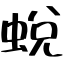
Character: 蛻